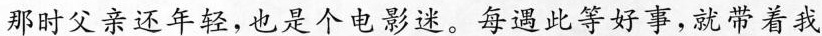
那时父亲还年轻，也是个电影速。每遇此等好事，就带着我